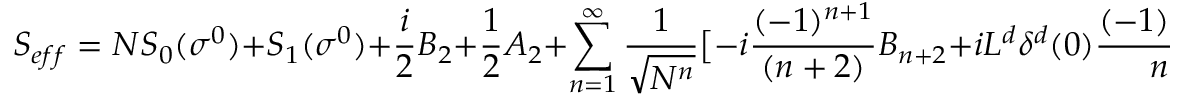
S _ { e f f } = N S _ { 0 } ( \sigma ^ { 0 } ) + S _ { 1 } ( \sigma ^ { 0 } ) + { \frac { i } { 2 } } B _ { 2 } + { \frac { 1 } { 2 } } A _ { 2 } + \sum _ { n = 1 } ^ { \infty } { \frac { 1 } { \sqrt { N ^ { n } } } } \big [ - i { \frac { ( - 1 ) ^ { n + 1 } } { ( n + 2 ) } } B _ { n + 2 } + i L ^ { d } \delta ^ { d } ( 0 ) { \frac { ( - 1 ) ^ { n + 1 } } { n } } B _ { n } + { \frac { 1 } { ( n + 2 ) ! } } A _ { n + 2 } \big ]